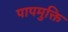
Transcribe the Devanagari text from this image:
पापमुक्ति